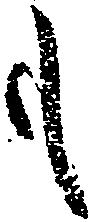
も